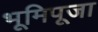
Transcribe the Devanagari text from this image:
भूमिपूजा